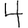
Digit: 4